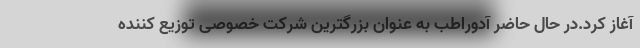
آغاز کرد.در حال حاضر آدوراطب به عنوان بزرگترین شرکت خصوصی توزیع کننده